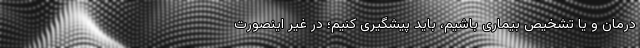
درمان و یا تشخیص بیماری باشیم، باید پیشگیری کنیم؛ در غیر اینصورت